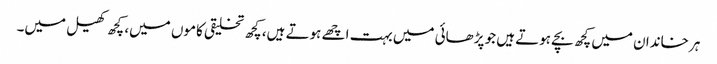
ہر خاندان میں کچھ بچے ہوتے ہیں جو پڑھائی میں بہت اچھے ہوتے ہیں، کچھ تخلیقی کاموں میں، کچھ کھیل میں۔